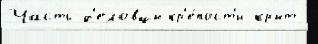
Часть д'еловцы кр'е́пост'и крыт